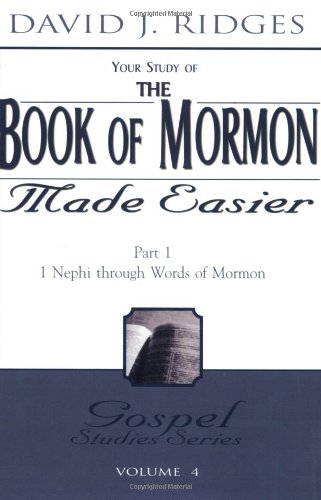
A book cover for Your Study of the Book of Mormon Made Easier, Part 1: 1 Nephi Through Words of Mormon (Gospel Studies); David J. Ridges; Christian Books & Bibles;